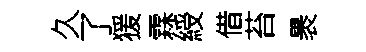
久了猨霖綬借苔褁